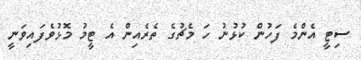
ސިޓީ އެންމެ ފަހުން ކުޅުނު ހަ މެޗުގެ ތެރެއިން އެ ޓީމު މޮޅުވެފައިވަނީ